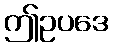
ဤဥပဒေ